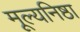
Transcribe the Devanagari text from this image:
मूल्यनिष्ठा